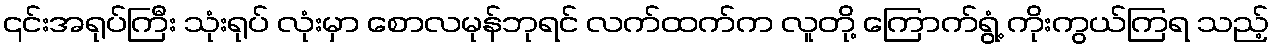
၎င်းအရုပ်ကြီး သုံးရုပ် လုံးမှာ စောလမုန်ဘုရင် လက်ထက်က လူတို့ ကြောက်ရွံ့ ကိုးကွယ်ကြရ သည့်